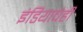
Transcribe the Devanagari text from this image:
इंडियाचेही